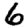
Digit: 6